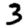
Digit: 3